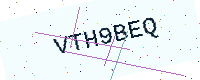
Text: VTH9BEQ